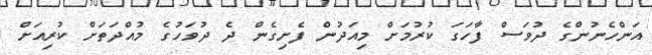
އަންހެނުންގެ ދުވަސް ފާހަގަ ކުރުމަށް މިއަދުން ފެށިގެން ދެ ދުވަހުގެ މުއްދަތަށް ކުރިއަށް